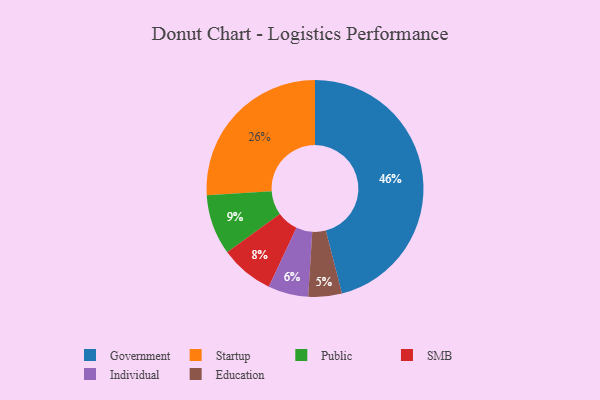
{"axis": {"x": "Category", "y": "Percentage"}, "legend": ["Education", "Government", "Individual", "Public", "SMB", "Startup"], "data": [{"x": "SMB", "y": 8, "type": "SMB"}, {"x": "Education", "y": 5, "type": "Education"}, {"x": "Government", "y": 46, "type": "Government"}, {"x": "Public", "y": 9, "type": "Public"}, {"x": "Individual", "y": 6, "type": "Individual"}, {"x": "Startup", "y": 26, "type": "Startup"}]}